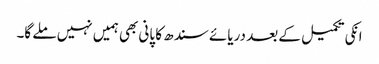
انکی تکمیل کے بعد دریائے سندھ کا پانی بھی ہمیں نہیں ملے گا۔